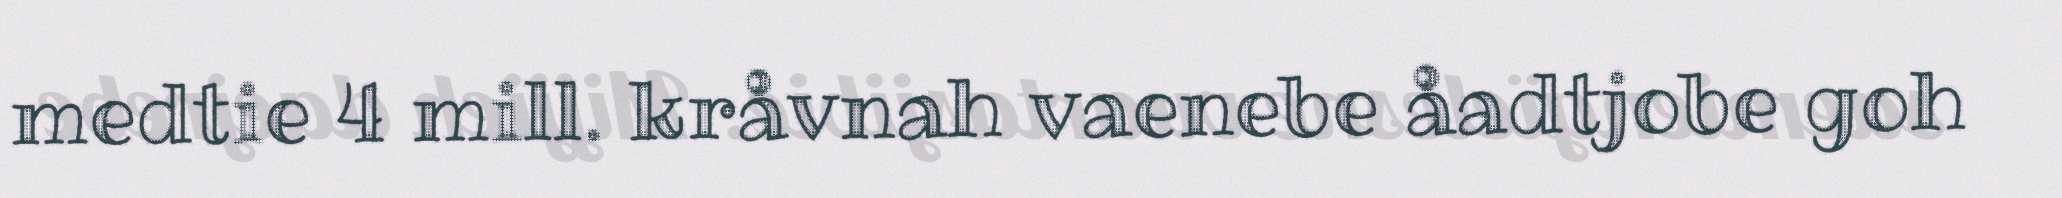
medtie 4 mill. kråvnah vaenebe åadtjobe goh